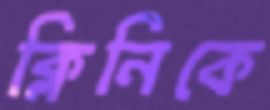
ক্লিনিকে